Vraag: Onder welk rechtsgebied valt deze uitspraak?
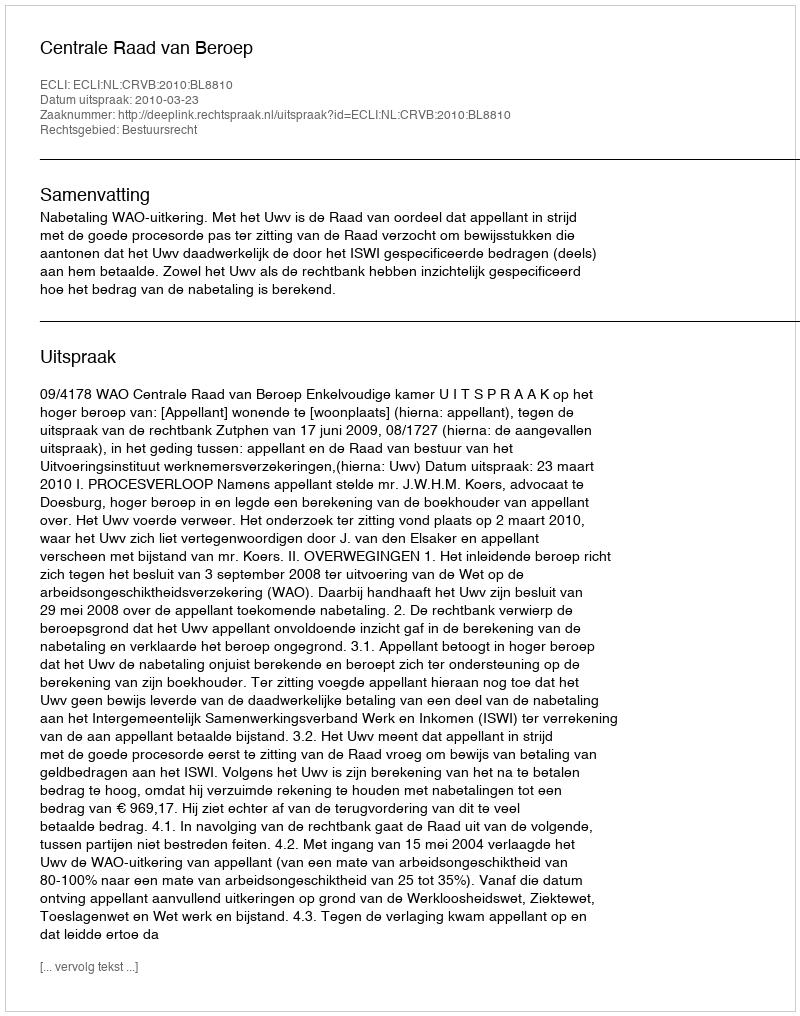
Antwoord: Bestuursrecht